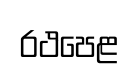
රථපෙළ